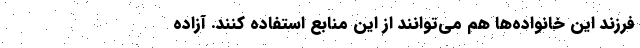
فرزند این خانواده‌ها هم می‌توانند از این منابع استفاده کنند. آزاده